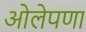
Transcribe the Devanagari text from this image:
ओलेपणा